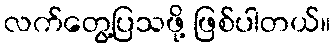
လက်တွေ့ပြသဖို့ ဖြစ်ပါတယ်။